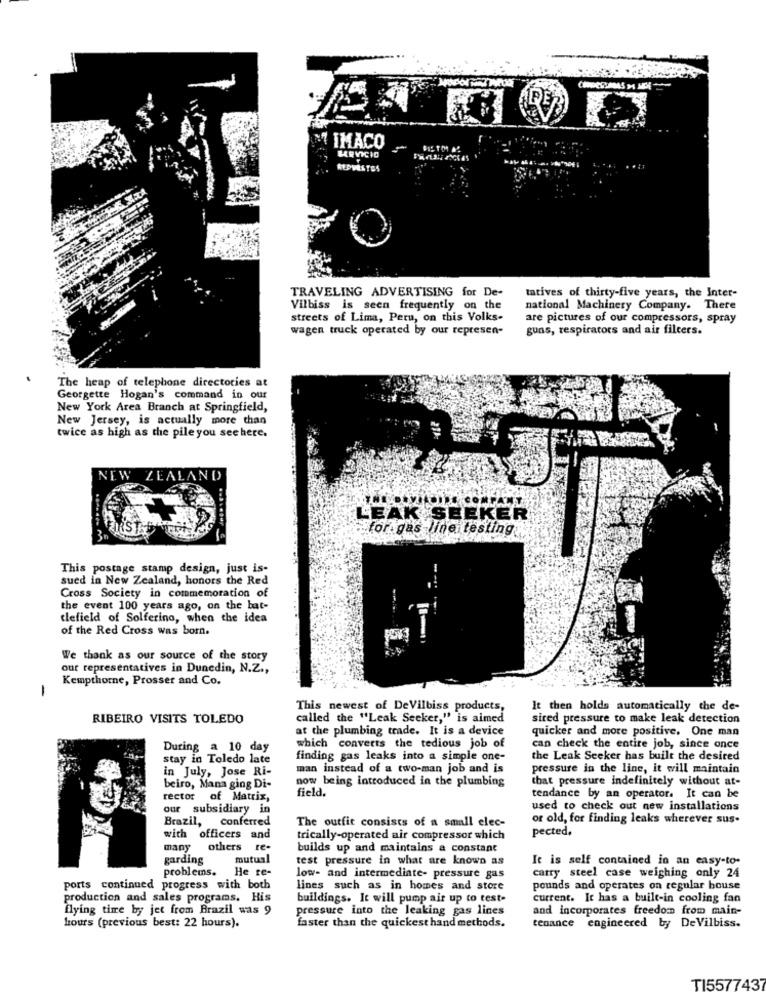
IMACO
TRAVELING ADVERTISING for De-
tatives of thirty-five years, the Inter-
Vilbiss is seen frequently on the
national Machinery Company. There
streets of Lima, Peru, on this Volks-
are pictures of our compressors, spray
wagen truck operated by our represen-
guns, respirators and air filters.
The heap of telephone directories at
Georgette Hogan's command in our
New York Area Branch at Springfield,
New Jersey, is actually more than
twice as high as the pile you see here.
NEW ZEALAND
LEAK SEEKER
. for gas line testing
This postage stamp design, just is-
sued in New Zealand, honors the Red
Cross Society in commemoration of
the event 100 years ago, on the bat-
tlefield of Solferino, when the idea
of the Red Cross was born.
We thank as our source of the story
our representatives in Dunedin, N.Z .,
Kempthorne, Prosser and Co.
-
This newest of DeVilbiss products,
It then holds automatically the de-
RIBEIRO VISITS TOLEDO
called the "Leak Seeker," is aimed
sired pressure to make leak detection
at the plumbing trade. It is a device
quicker and more positive. One man
During a 10 day
which converts the tedious job of
can check the entire job, since once
stay in Toledo late
finding gas leaks into a simple one-
the Leak Seeker has built the desired
in July, Jose Ri-
man instead of a two-man job and is
pressure in the line, it will maintain
now being introduced in the plumbing
that pressure indefinitely without at-
beiro, Mana ging Di-
field.
rector of Matrix,
tendance by an operator. It can be
our subsidiary in
used to check out new installations
Brazil, conferred
The outfit consists of a small elec-
of old, for finding leaks wherever sus-
pected,
with officers and
trically-operated air compressor which
many
others re-
builds up and maintains a constant
garding
mutual
test pressure in what are known as
It is self contained in an easy-to-
He re-
problems.
low- and intermediate- pressure gas
catty steel case weighing only 24
ports continued progress with both
lines such as in homes and store
pounds and operates on regular bouse
production and sales programs. His
buildings. It will pump air up to test-
current. It has a built-in cooling fan
flying time by jet from Brazil was 9
pressure into the leaking gas lines
and incorporates freedom from main-
faster than the quickest hand methods.
hours (previous best: 22 hours).
tenance engineered by DeVilbiss.
TI5577437